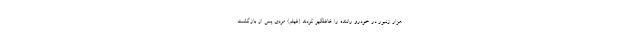
هزار زنبور در خودرو راننده را غافلگیر کردند (فیلم) مردی پس از بازگشت